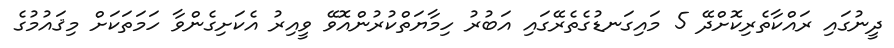
ދީނުގައި ރައްކާތެރިކޮށްދޭ 5 މައިގަނޑުގެތެރޭގައި އަބުރު ހިމާޔަތްކުރުންއޮވޭ ވީއިރު އެކަށިގެންވާ ހަމަތަކަށް މިޤައުމުގެ